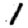
Digit: 1